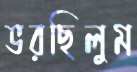
ভরছিলুম